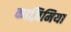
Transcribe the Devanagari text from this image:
काज़िमिया